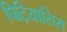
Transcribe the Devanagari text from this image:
पिट्रियासिस